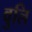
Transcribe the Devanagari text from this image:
वुलि